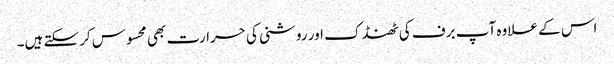
اس کے علاوہ آپ برف کی ٹھنڈک اور روشنی کی حرارت بھی محسوس کرسکتے ہیں۔